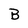
Character: B